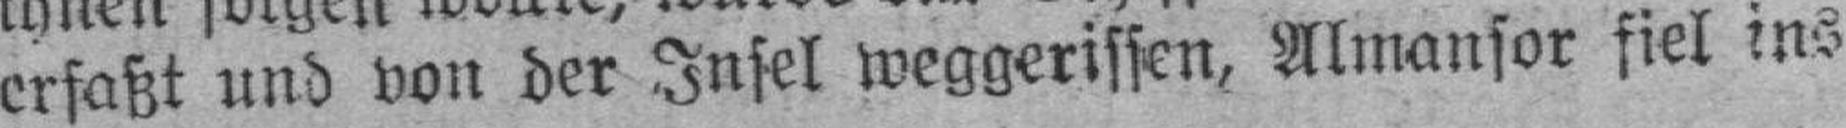
erfaßt und von der Insel weggerissen, Almansor fiel ins